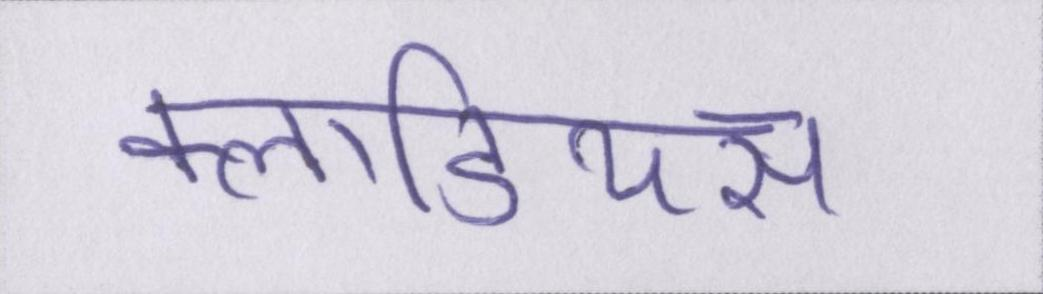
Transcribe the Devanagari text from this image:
क्लाडियस